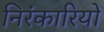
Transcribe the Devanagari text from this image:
निरंकारियों